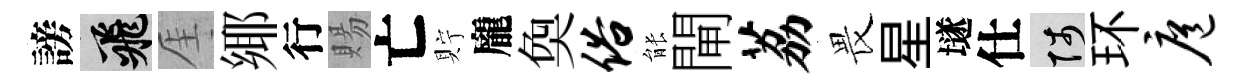
謗飛厓鄊行賜亡貯龐奐俗䏻閘荔畏星𡑞仕陟环扈